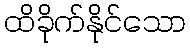
ထိခိုက်နိုင်သော